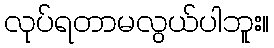
လုပ်ရတာမလွယ်ပါဘူး။